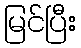
မြင်ပြီး